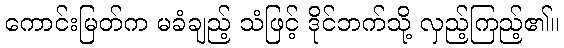
ကောင်းမြတ်က မခံချည့် သံဖြင့် ဒိုင်ဘက်သို့ လှည့်ကြည့်၏။